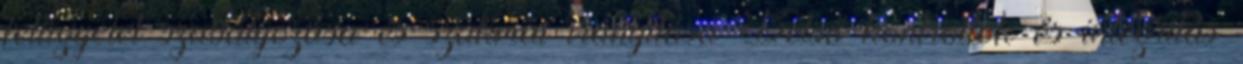
felügyelet szabályozása és szakmai irányítása Belső kontrollok és integritás